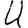
Digit: 4